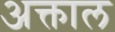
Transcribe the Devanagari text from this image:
अक्ताल